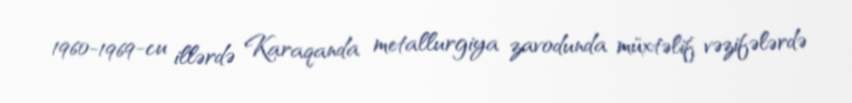
1960-1969-cu illərdə Karaqanda metallurgiya zavodunda müxtəlif vəzifələrdə